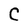
Character: C